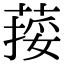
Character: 𦵭